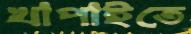
খাপাইতে